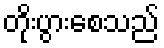
တိုးပွားစေသည်